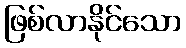
ဖြစ်လာနိုင်သော